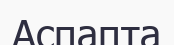
Аспапта